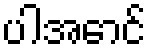
ပါအောင်